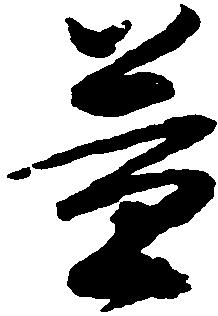
益